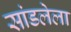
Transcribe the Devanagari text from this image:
सांडलेला